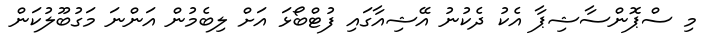
މި ސްޕޮންސާޝިޕާ އެކު ދެކުނު އޭޝިއާގައި ފުޓްބޯޅަ އަށް ލިބެމުން އަންނަ މަގުބޫލުކަން